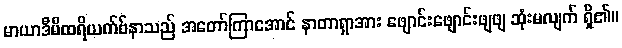
မာယာဒီမီထရိယက်ဗ်နာသည် အတော်ကြာအောင် နာတာရှာအား ဖျောင်းဖျောင်းဖျဖျ ဆုံးမလျက် ရှိ၏။